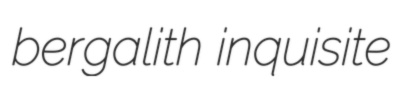
bergalith inquisite